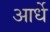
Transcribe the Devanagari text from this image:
आर्धे